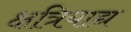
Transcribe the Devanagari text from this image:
क्षत्रियाद्य